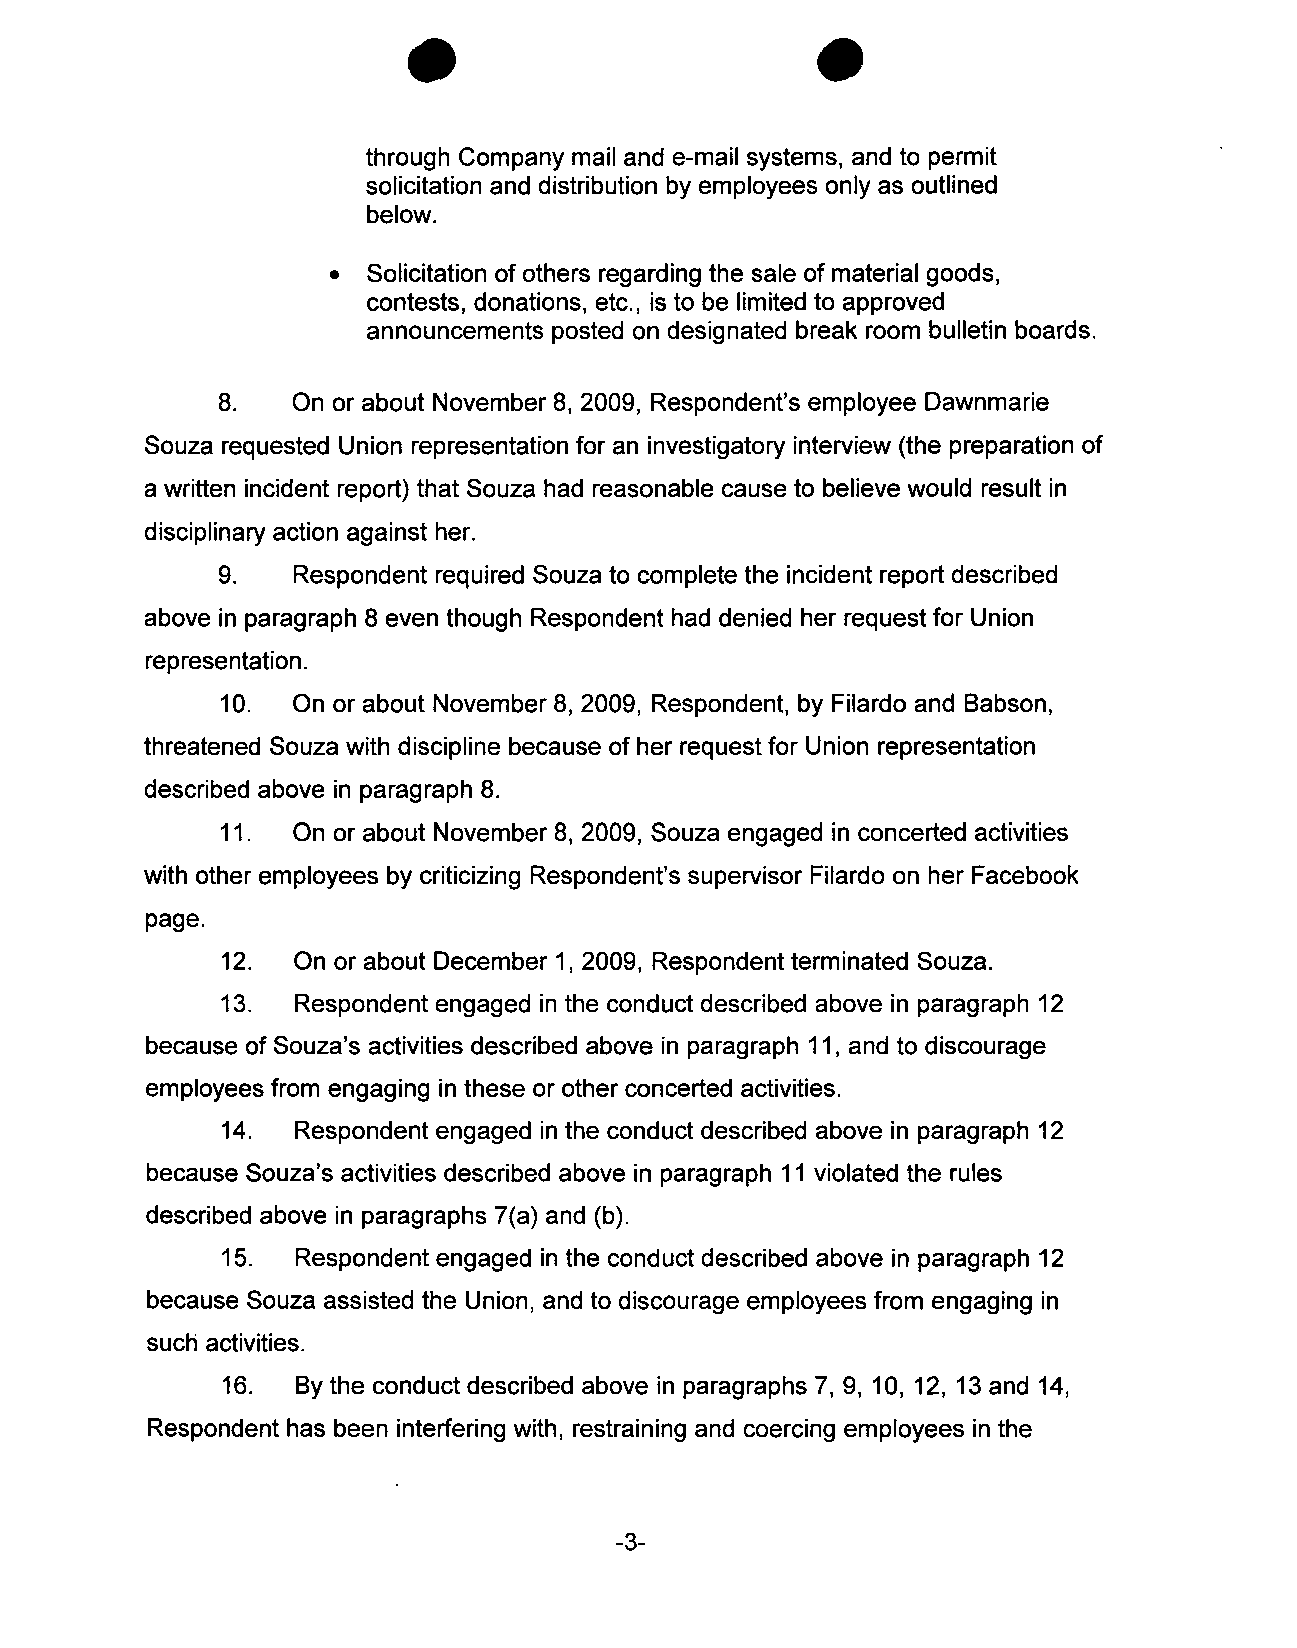
0                          0
 through Company mail and e-mail systems, and to permit
 solicitation and distribution by employees only as outlined
 below.
 Solicitation of others regarding the sale of material goods,
 contests, donations, etc., is to be limited to approved
 announcements posted on designated break room bulletin boards.
 8.   On or about November 8, 2009, Respondent's employee Dawnmarie
 Souza requested Union representation for an investigatory interview (the preparation of
 a written incident report) that Souza had reasonable cause to believe would result in
 disciplinary action against her.
 9.   Respondent required Souza to complete the incident report described
 above in paragraph 8 even though Respondent had denied her request for Union
 representation.
 10. On or about November 8, 2009, Respondent, by Filardo and Babson,
 threatened Souza with discipline because of her request for Union representation
 described above in paragraph 8.
 11. On or about November 8, 2009, Souza engaged in concerted activities
 with other employees by criticizing Respondent's supervisor Filardo on her Facebook
 page.
 12. On or about December 1, 2009, Respondent terminated Souza.
 13. Respondent engaged in the conduct described above in paragraph 12
 because of Souza's activities described above in paragraph 11, and to discourage
 employees from engaging in these or other concerted activities.
 14. Respondent engaged in the conduct described above in paragraph 12
 because Souza's activities described above in paragraph 11 violated the rules
 described above in paragraphs 7(a) and (b).
 15.  Respondent engaged in the conduct described above in paragraph 12
 because Souza assisted the Union, and to discourage employees from engaging in
 such activities.
 16.  By the conduct described above in paragraphs 7, 9, 10, 12, 13 and 14,
 Respondent has been interfering with, restraining and coercing employees in the
 -3-